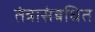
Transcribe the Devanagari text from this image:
तंत्रासंबधित